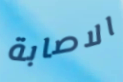
الاصابة